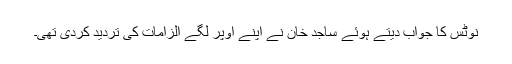
نوٹس کا جواب دیتے ہوئے ساجد خان نے اپنے اوپر لگے الزامات کی تردید کردی تھی۔